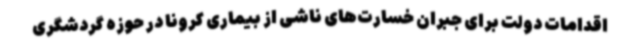
اقدامات دولت برای جبران خسارت‌های ناشی از بیماری کرونا در حوزه گردشگری